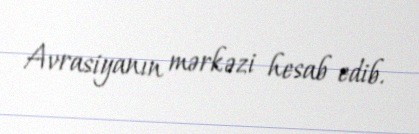
Avrasiyanın mərkəzi hesab edib.